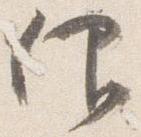
仰